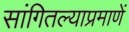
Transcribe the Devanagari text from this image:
सांगितल्याप्रमाणें